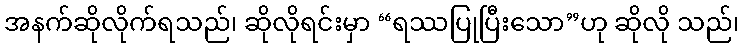
အနက်ဆိုလိုက်ရသည်၊ ဆိုလိုရင်းမှာ “ရဿပြုပြီးသော”ဟု ဆိုလို သည်၊